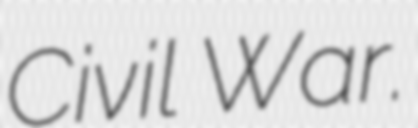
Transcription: Civil War.